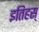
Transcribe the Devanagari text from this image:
इतिहस्